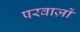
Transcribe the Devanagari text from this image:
परवाज़ों